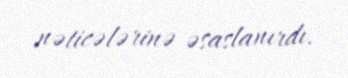
nəticələrinə əsaslanırdı.